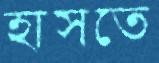
হাসতে